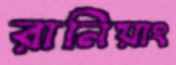
রানিয়াং